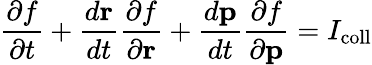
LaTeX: \frac{\partial f}{\partial t}+\frac{d\textbf{r}}{dt}\frac{\partial f}{\partial\textbf{r}}+\frac{d\textbf{p}}{dt}\frac{\partial f}{\partial\textbf{p}}=I_{\mathrm{coll}}